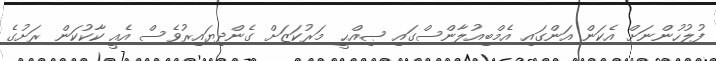
ފުލުހުންނަށް އެކަން އަންގައި އެމްބިއުލާންސްގައި ޞިއްޙީ މަރުކަޒަށް ގެންދިޔައިރުވެސް އެއީ ކާކުކަން ރަށުގެ